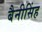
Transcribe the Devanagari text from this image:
बैनीसिंह